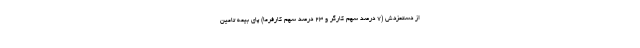
از دستمزدش (۷ درصد سهم کارگر و ۲۳ درصد سهم کارفرما) پای بیمه تامین